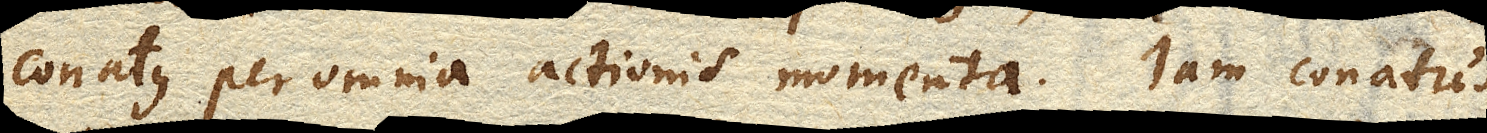
conatus per omnia actionis momenta. Jam conatus